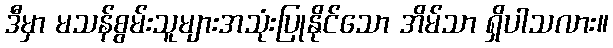
ဒီမှာ မသန်စွမ်းသူများအသုံးပြုနိုင်သော အိမ်သာ ရှိပါသလား။